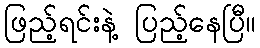
ဖြည့်ရင်းနဲ့ ပြည့်နေပြီ။